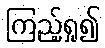
ကြည့်ရှု၍